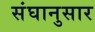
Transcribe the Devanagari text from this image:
संघानुसार